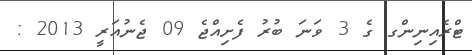
ޓްރެއިނިންގ ގެ 3 ވަނަ ބުރު ފެށިއްޖެ 09 ޖެނުއަރީ 2013 :